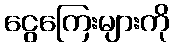
ငွေကြေးများကို